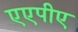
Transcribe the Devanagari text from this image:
एएपीए